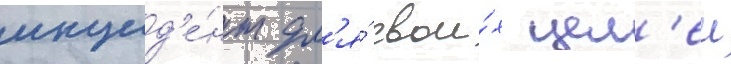
инцид'е́нт дл'я́ свои́х цел'еи